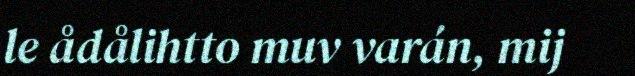
le ådålihtto muv varán, mij